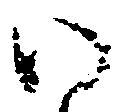
い